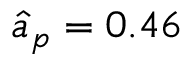
\hat { a } _ { p } = 0 . 4 6